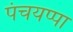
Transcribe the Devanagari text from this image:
पंचयप्पा